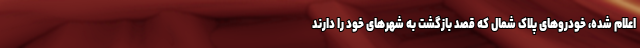
اعلام شده، خودروهای پلاک شمال که قصد بازگشت به شهرهای خود را دارند